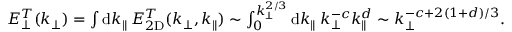
\begin{array} { r } { E _ { \perp } ^ { T } ( k _ { \perp } ) = \int \mathrm { d } k _ { \parallel } \: E _ { 2 \mathrm { D } } ^ { T } ( k _ { \perp } , k _ { \parallel } ) \sim \int _ { 0 } ^ { k _ { \perp } ^ { 2 / 3 } } \mathrm { d } k _ { \parallel } \: k _ { \perp } ^ { - c } k _ { \parallel } ^ { d } \sim k _ { \perp } ^ { - c + 2 ( 1 + d ) / 3 } . } \end{array}